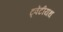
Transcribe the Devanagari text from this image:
ट्वेंटीयथ